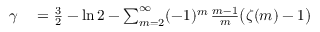
\begin{array} { r l } { \gamma } & { { } = { \frac { 3 } { 2 } } - \ln 2 - \sum _ { m = 2 } ^ { \infty } ( - 1 ) ^ { m } \, { \frac { m - 1 } { m } } { \big ( } \zeta ( m ) - 1 { \big ) } } \end{array}